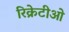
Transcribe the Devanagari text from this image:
रिक्रेटीओ